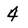
Character: 4